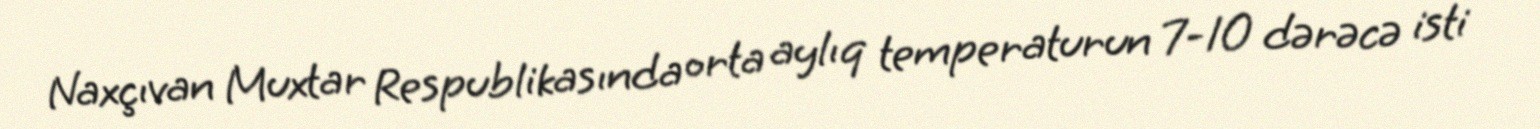
Naxçıvan Muxtar Respublikasında orta aylıq temperaturun 7-10 dərəcə isti